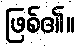
ဖြစ်၏။